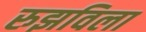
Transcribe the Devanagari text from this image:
रुझविला